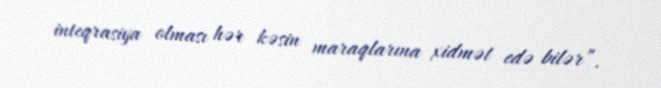
inteqrasiya olması hər kəsin maraqlarına xidmət edə bilər”.